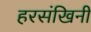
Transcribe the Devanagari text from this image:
हरसंखिनी